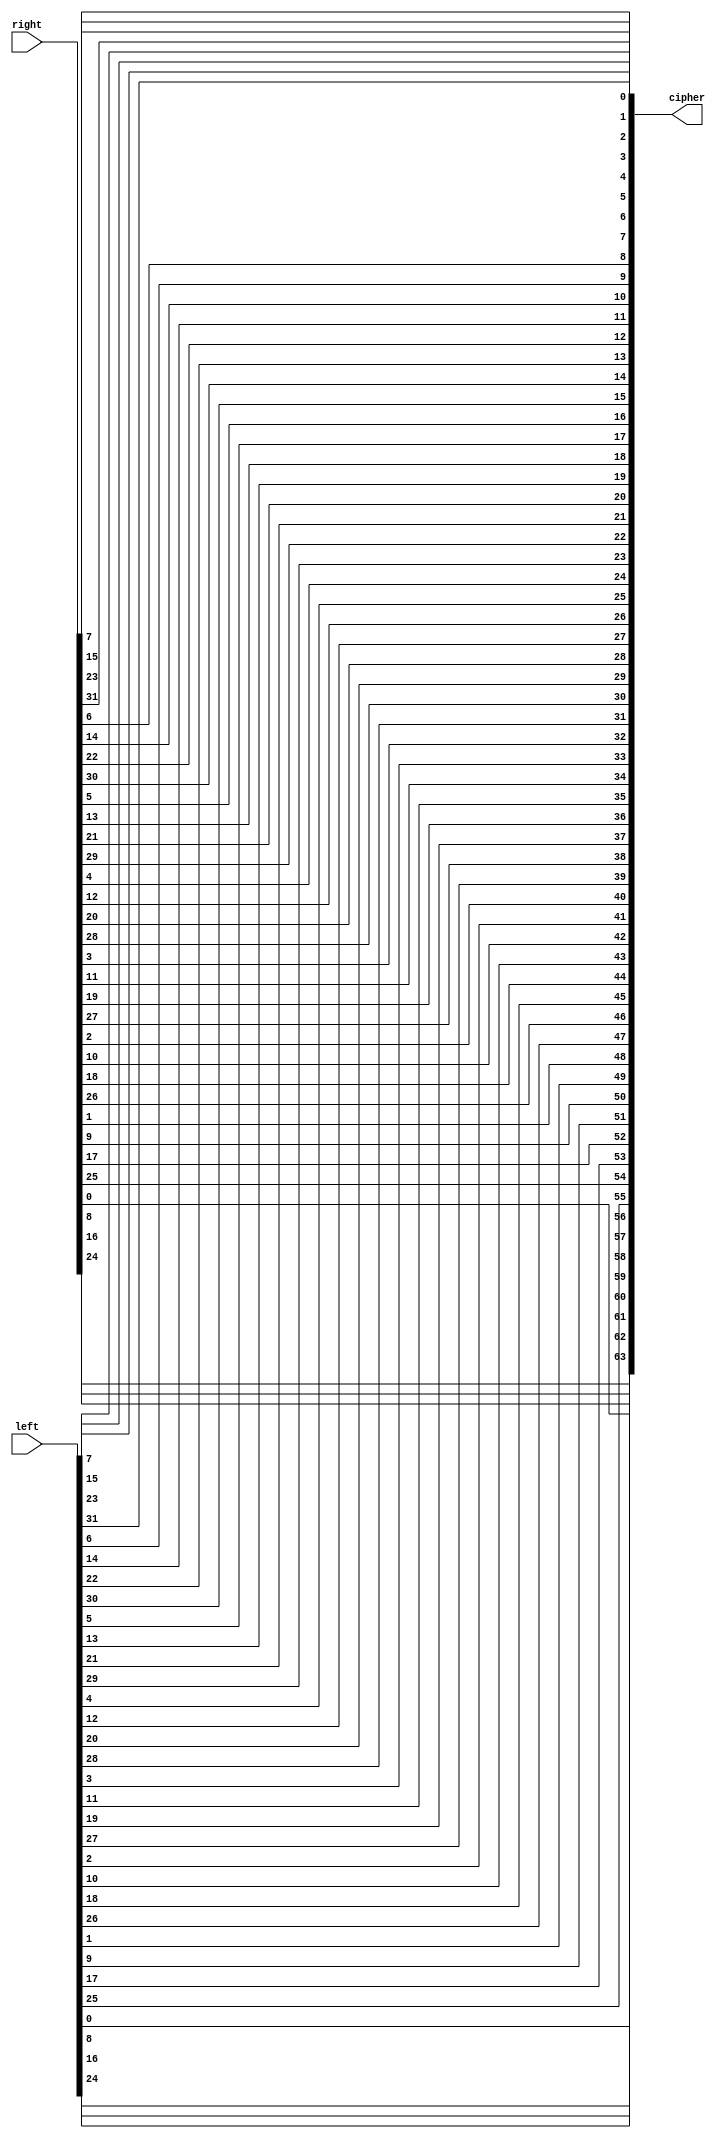
module inverse_perm(
     left,
     right,
     cipher
    );
    input [32:1] left;
    input [32:1] right;
    output reg [64:1] cipher;
	 
	 
	 wire [64:1] left_ryt ;
	 assign left_ryt =  {right,left};             //teta5d mn 16
	 always @(left_ryt)
	 begin
	              cipher[1] <= left_ryt[40];
					  cipher[2] <= left_ryt[8];
					  cipher[3] <= left_ryt[48];
					  cipher[4] <= left_ryt[16];
					  cipher[5] <= left_ryt[56];
					  cipher[6] <= left_ryt[24];
					  cipher[7] <= left_ryt[64];
					  cipher[8] <= left_ryt[32];
					  cipher[9] <= left_ryt[39];
					  cipher[10] <= left_ryt[7];
					  
					   cipher[11] <= left_ryt[47];
					  cipher[12] <= left_ryt[15];
					  cipher[13] <= left_ryt[55];
					  cipher[14] <= left_ryt[23];
					  cipher[15] <= left_ryt[63];
					  cipher[16] <= left_ryt[31];
					  cipher[17] <= left_ryt[38];
					  cipher[18] <= left_ryt[6];
					  cipher[19] <= left_ryt[46];
					  cipher[20] <= left_ryt[14];
					  
					   cipher[21] <= left_ryt[54];
					  cipher[22] <= left_ryt[22];
					  cipher[23] <= left_ryt[62];
					  cipher[24] <= left_ryt[30];
					  cipher[25] <= left_ryt[37];
					  cipher[26] <= left_ryt[5];
					  cipher[27] <= left_ryt[45];
					  cipher[28] <= left_ryt[13];
					  cipher[29] <= left_ryt[53];
					  cipher[30] <= left_ryt[21];
					  
					   cipher[31] <= left_ryt[61];
					  cipher[32] <= left_ryt[29];
					  cipher[33] <= left_ryt[36];
					  cipher[34] <= left_ryt[4];
					  cipher[35] <= left_ryt[44];
					  cipher[36] <= left_ryt[12];
					  cipher[37] <= left_ryt[52];
					  cipher[38] <= left_ryt[20];
					  cipher[39] <= left_ryt[60];
					  cipher[40] <= left_ryt[28];
					  
					   cipher[41] <= left_ryt[35];
					  cipher[42] <= left_ryt[3];
					  cipher[43] <= left_ryt[43];
					  cipher[44] <= left_ryt[11];
					  cipher[45] <= left_ryt[51];
					  cipher[46] <= left_ryt[19];
					  cipher[47] <= left_ryt[59];
					  cipher[48] <= left_ryt[27];
					  cipher[49] <= left_ryt[34];
					  cipher[50] <= left_ryt[2];
					  
					  
					   cipher[51] <= left_ryt[42];
					  cipher[52] <= left_ryt[10];
					  cipher[53] <= left_ryt[50];
					  cipher[54] <= left_ryt[18];
					  cipher[55] <= left_ryt[58];
					  cipher[56] <= left_ryt[26];
					  cipher[57] <= left_ryt[33];
					  cipher[58] <= left_ryt[1];
					  cipher[59] <= left_ryt[41];
					  cipher[60] <= left_ryt[9];
					  
					  cipher[61] <= left_ryt[49];
					  cipher[62] <= left_ryt[17];
					  cipher[63] <= left_ryt[57];
					  cipher[64] <= left_ryt[25];
					  
	 
	 
	 end

endmodule